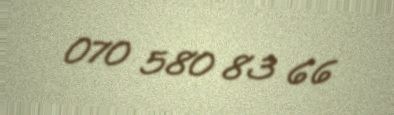
070 580 83 66